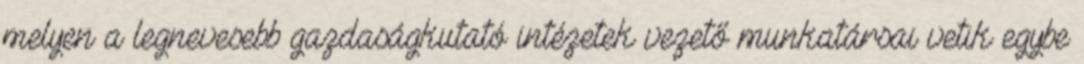
melyen a legnevesebb gazdaságkutató intézetek vezető munkatársai vetik egybe